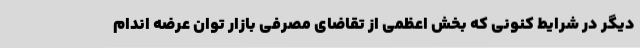
دیگر در شرایط کنونی که بخش اعظمی از تقاضای مصرفی بازار توان عرضه اندام